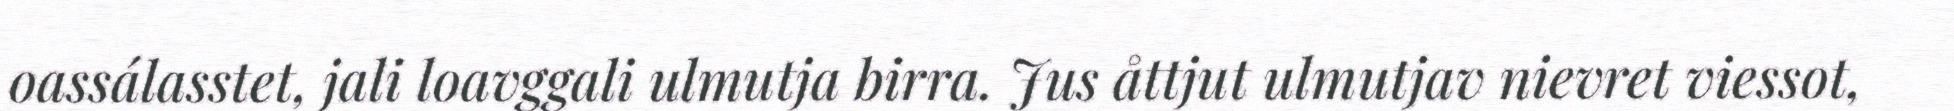
oassálasstet, jali loavggali ulmutja birra. Jus åttjut ulmutjav nievret viessot,